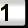
Digit: 1